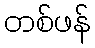
တစ်ဖန်